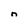
Character: n